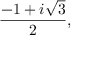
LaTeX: { \frac { - 1 + i { \sqrt { 3 } } } { 2 } } ,